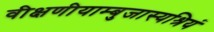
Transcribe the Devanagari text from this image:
वीक्षणीयाम्बुजास्यश्रियं